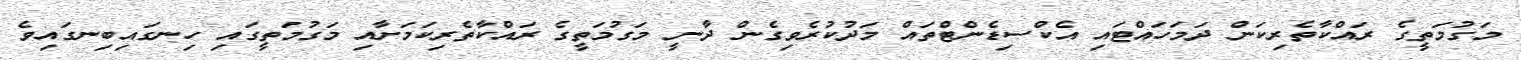
މަގުމަތީގެ ރައްކާތެރިކަން ދަމަހައްޓައި އެކްސިޑެންޓްތައް މަދުކުރެވިގެން ދާނީ މަގުމަތީގެ ރައްކާތެރިކަމަށާއި މަގުމަތީގައި ހިނގައިބިނގައިވެ